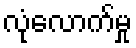
လုံလောက်မှု